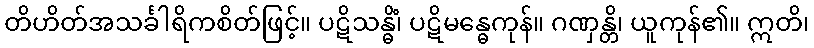
တိဟိတ်အသင်္ခါရိကစိတ်ဖြင့်။ ပဋိသန္ဓိံ၊ ပဋိမန္ဓေကုန်။ ဂဏှန္တိ၊ ယူကုန်၏။ ဣတိ၊